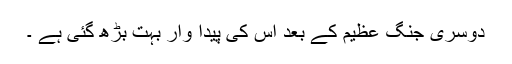
دوسری جنگ عظیم کے بعد اس کی پیدا وار بہت بڑھ گئی ہے ۔